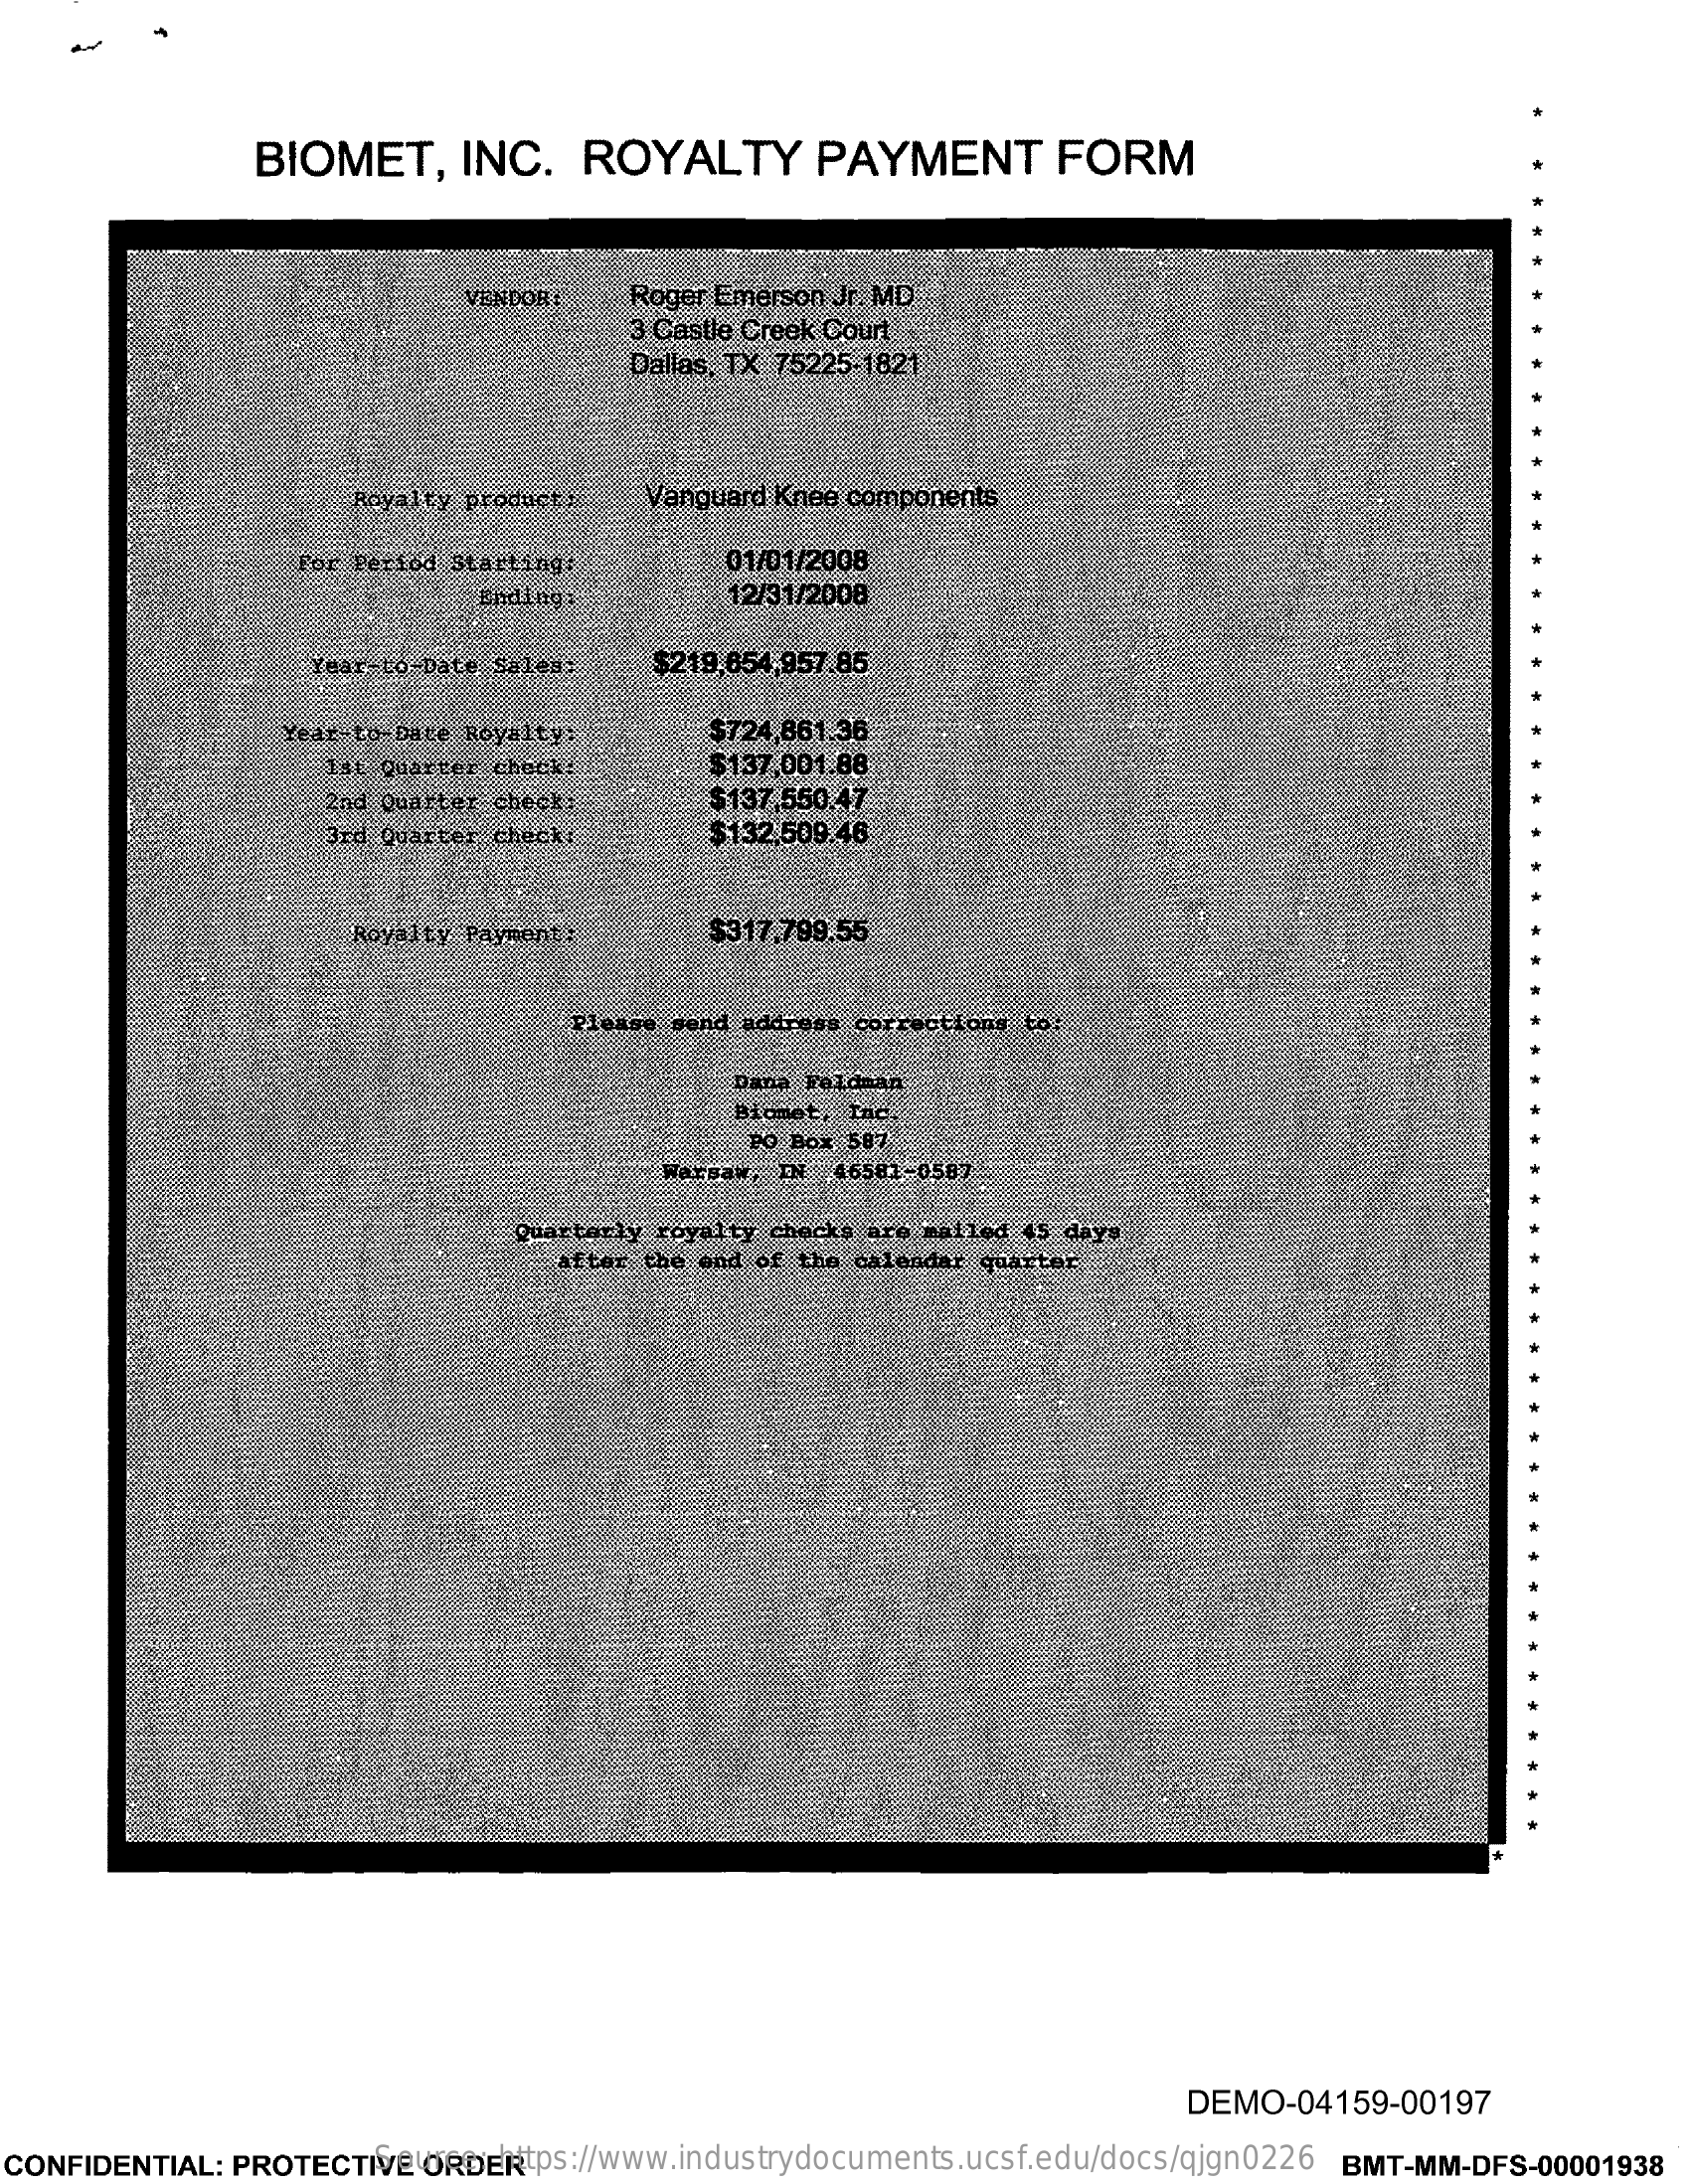
BIOMET,    INC.    ROYALTY    PAYMENT    FORM
     VENDOR    Roger Emerson Jr. MD
     3 Castle Creek Court
     Dallas, TX 75225-1821
     Royalty product:   Vanguard Knee components
     For Period starting.    01/01/2008
     Ending:    12/31/2008
     Year-to-Date Sales:   $219,654,957.85
     Year- to-Date Royalty:    $724,861.36
     Tat Quarter check:    $137,001.88
     2nd Quarter check:    $137,550.47
     3rd Quarter check:    $132.509.46
     Royalty Payment:    $317.799.55
     Please send address corrections to:
     Dana Feldman
     Biomet, Inc.
     PO Box 587
     Warsaw, IN 46581-0587
     Quarterly royalty checks are mailed 45 days
     after the end of the calendar quarter
     DEMO-04159-00197
  CONFIDENTIAL: PROTECTIVE ORDER Source: https://www.industrydocuments.ucsf.edu/docs/qjgn0226 BMT-MM-DFS-00001938